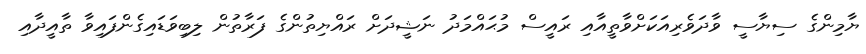
ޔާމިންގެ ސިޔާސީ ވާދަވެރިއަކަށްވާތީއާއި ރައީސް މުޙައްމަދު ނަޝީދަށް ރައްޔިތުންގެ ފަރާތުން ލިބިވަޑައިގެންފައިވާ ތާއީދާއި